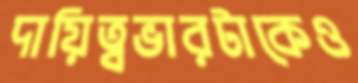
দায়িত্বভারটাকেও